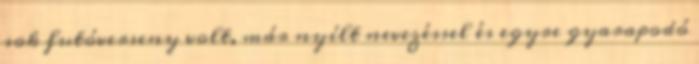
sok futóverseny volt, már nyílt nevezéssel és egyre gyarapodó